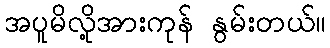
အပူမိလို့အားကုန် နွမ်းတယ်။